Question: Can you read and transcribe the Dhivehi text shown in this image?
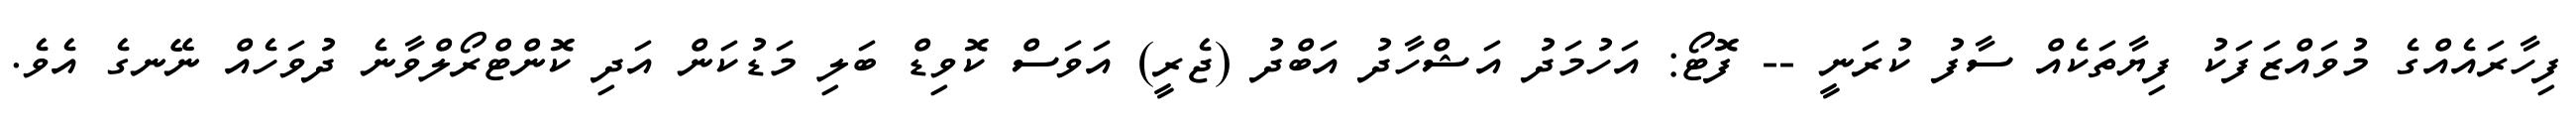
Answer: ފިހާރައެއްގެ މުވައްޒަފަކު ފިޔާތަކެއް ސާފު ކުރަނީ -- ފޮޓޯ: އަހުމަދު އަޝްހާދު އަބްދު (ޖެރީ) އަވަސް ކޮވިޑް ބަލި މަޑުކަން އަދި ކޮންޓްރޯލްވާނެ ދުވަހެއް ނޭނގެ އެވެ.